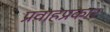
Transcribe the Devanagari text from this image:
प्रवाहप्रकार